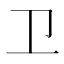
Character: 卫